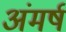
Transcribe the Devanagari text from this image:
अंमर्ष